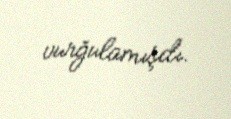
vurğulamışdı.